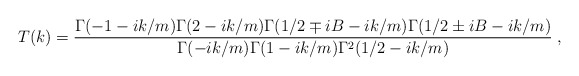
\begin{align*}T(k)=\frac{\Gamma(-1-ik/m)\Gamma(2-ik/m)\Gamma(1/2\mp iB-ik/m)\Gamma(1/2\pm iB-ik/m)}{\Gamma(-ik/m)\Gamma(1-ik/m)\Gamma^2(1/2-ik/m)}\;,\end{align*}